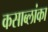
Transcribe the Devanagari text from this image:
कसाब्लांका